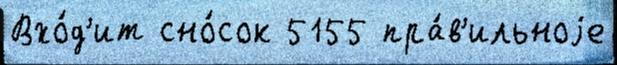
Вхо́д'ит сно́сок 5155 пра́в'ильноjе